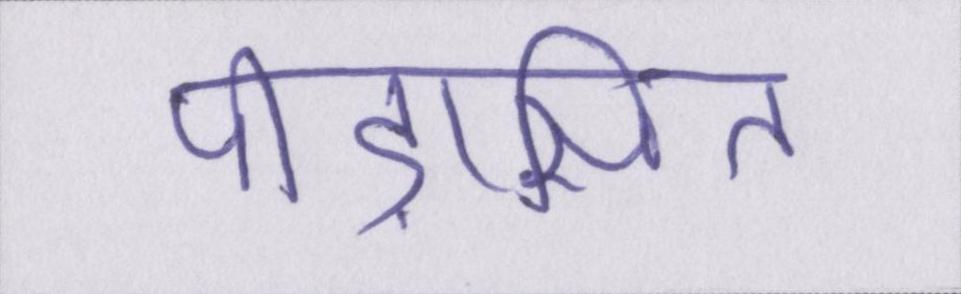
पीड़ासित